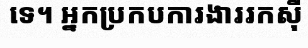
ទេ។ អ្នកប្រកបការងាររកស៊ី